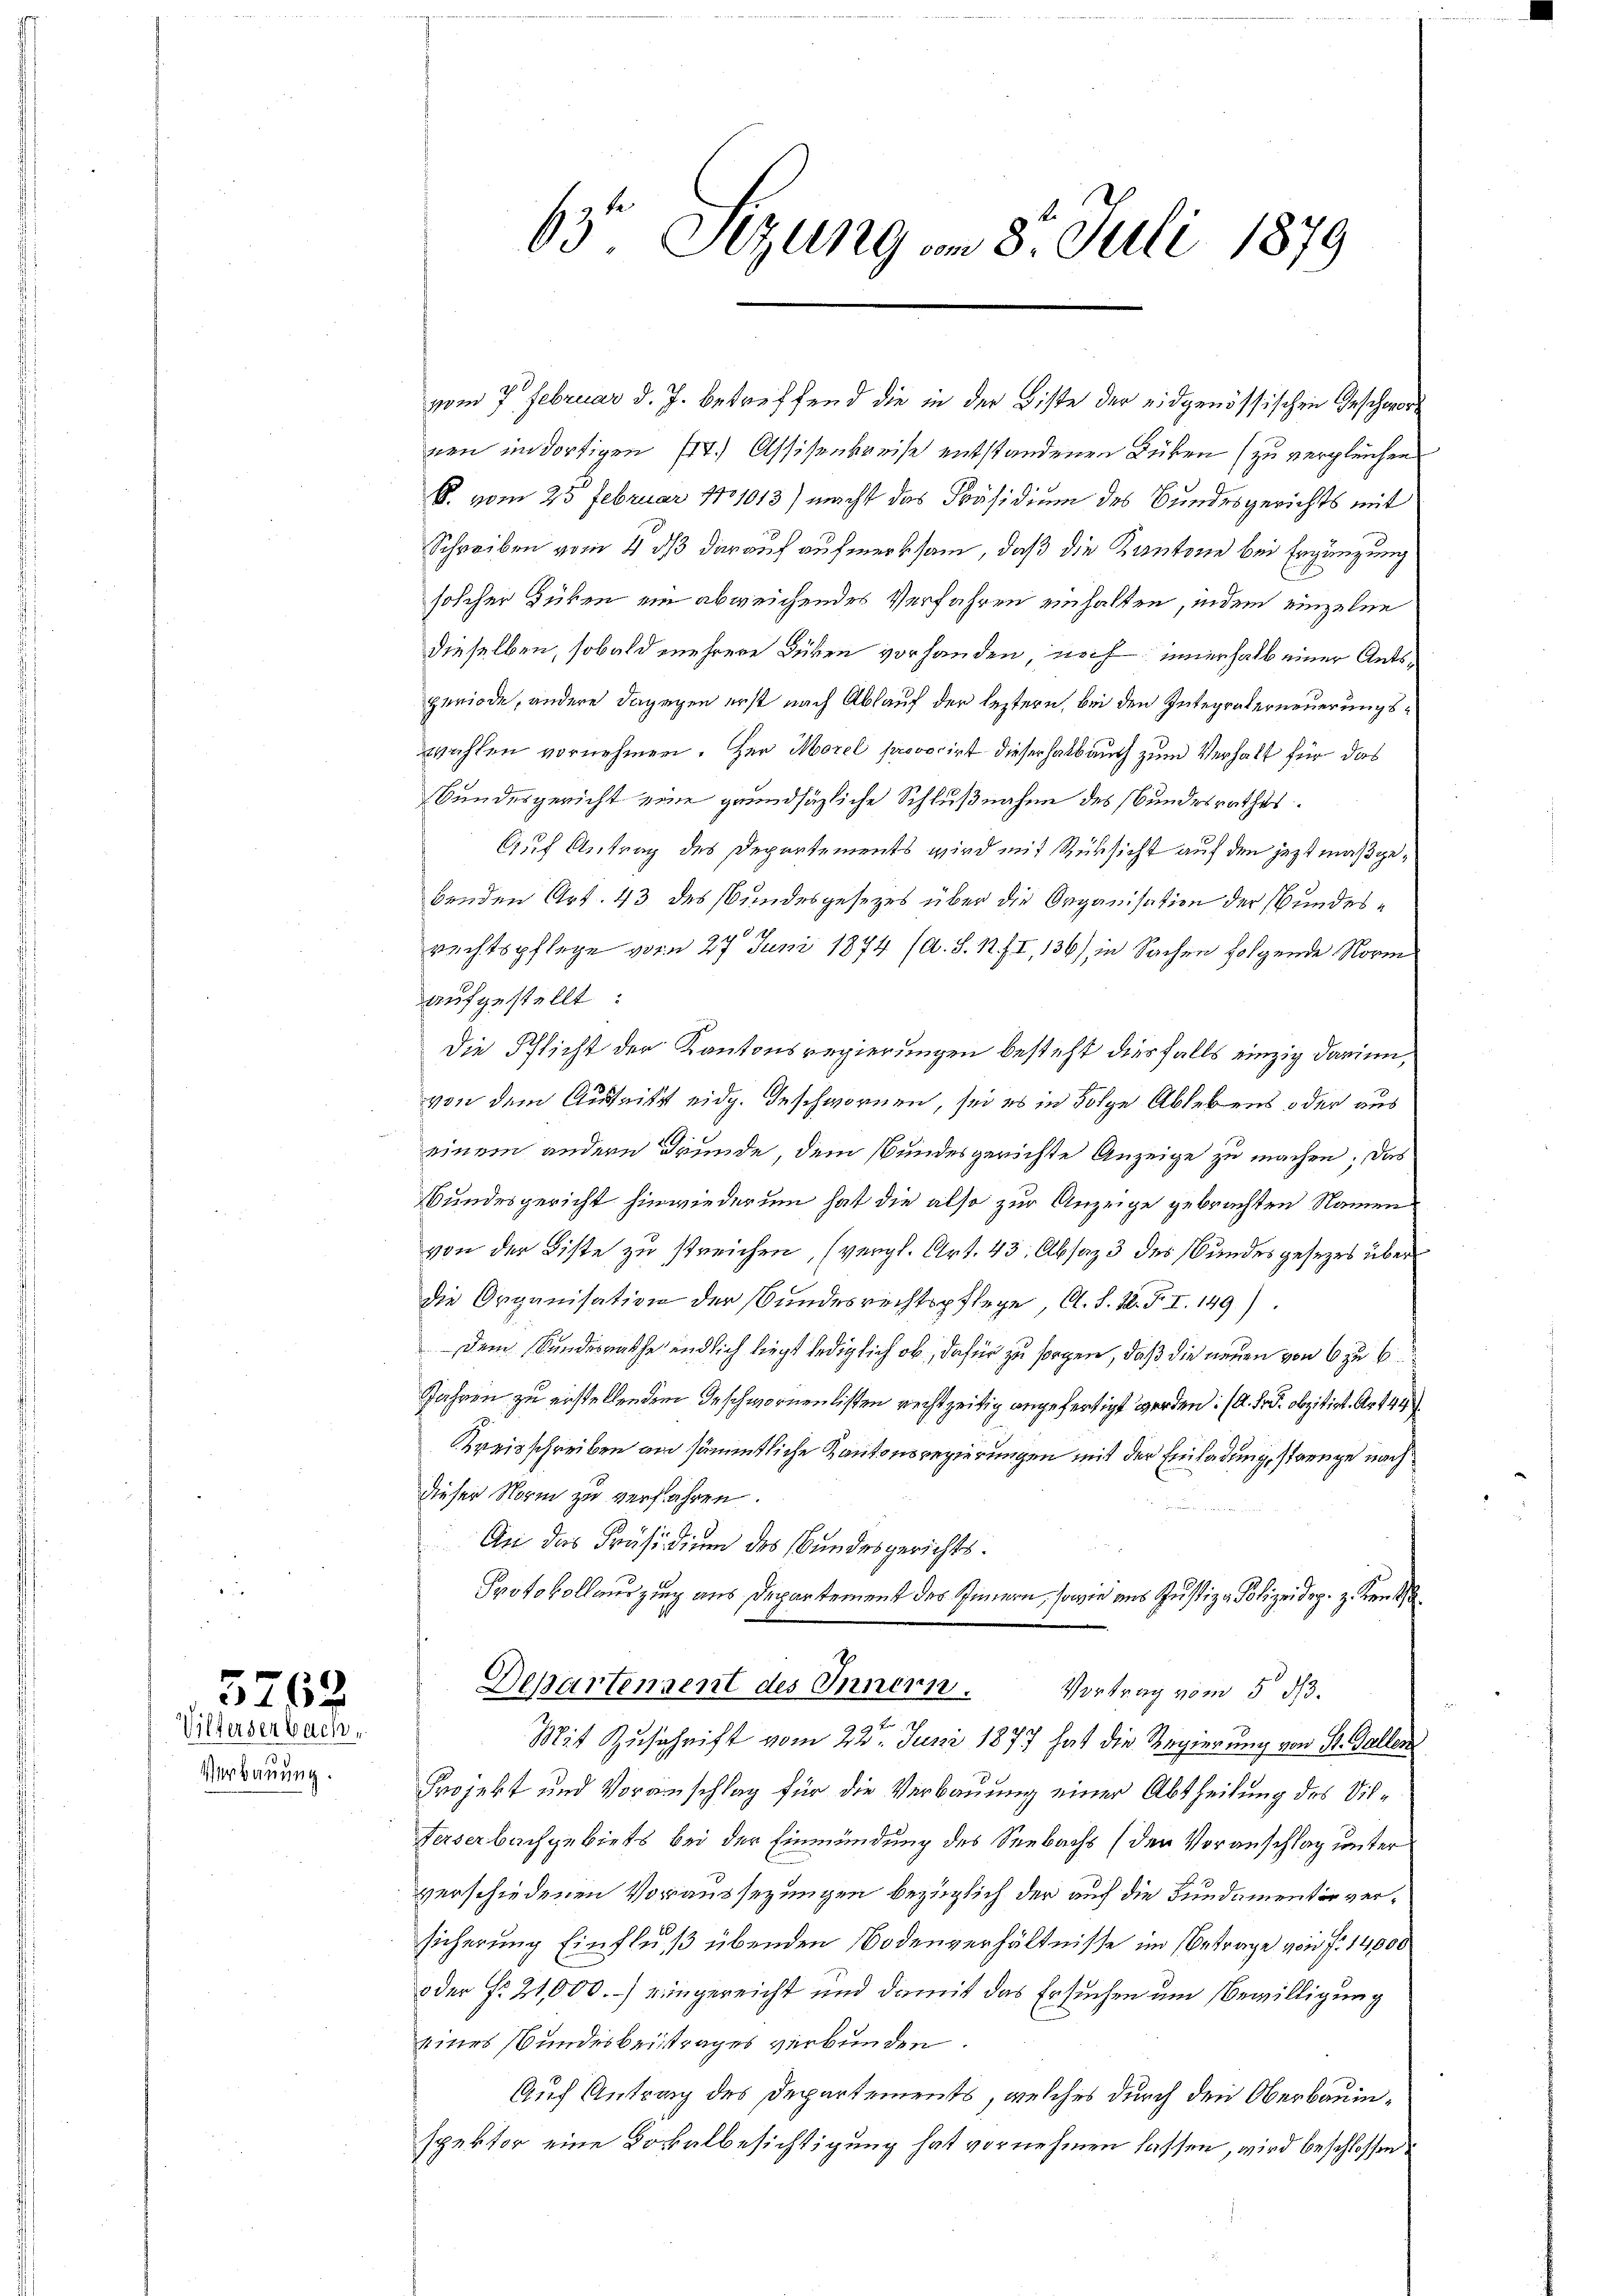
Verbauung.

5762.
Villersenbach,

63t Sezung vom 8t Juli 1879

vom 7. Februar d. J. betreffend die in der Biste der eidgenössischen Geschwornen im dortigen fr. Assisenkreise entstandenen Lücken (zu vergleichen
S. vom 25 Februar 181013) macht das Präsidium des Bundesgerichts mit
Schreiben vom 4 dß darauf aufmerksam, daß die Kantone bei Ergänzung:
solcher Düben ein abweichendes Verfahren einhalten, indem einzelne
dieselben, sobald mehrere Düben vorhanden, noch innerhalb einer Antsperiode, andere dagegen erst nach Ablauf der leztern, bei den Integraterneuerungswahlen vornehmen. Her Morel provocirt dieserhalb auch zum Verhalt für das
Bundesgericht eine grundsätzliche Schlußnahme des Bundesrathes.
Auf Antrag des Departements wird mit Rüksicht auf den jezt maßgebenden Art. 43 des Bundesgesezes über die Organisation der Bundes¬
1
rechtspflege vom 27 Juni 1874 (A. S. 12. II, 136) in Sachen folgende Norm
aufgestellt:
Die Pflicht der Kantonsregierungen besteht diesfalls einzig darin,
von dem Austritt eidg. Geschwornen, sei es in Folge Ablebens oder aus
einem andern Grunde dem Bundesgerichte Anzeige zu machen; das
Bundesgericht hinwiederum hat die also zur Anzeige gebrachten Namen
von der Biste zu streichen, (vergl. Art. 43. Absaz 3 des andesgesezes über
die Organisation der Bundesrechtspflege, A. S. 12. F. I. 149).
dem Kundesrathe endlich liegt lediglich ob, dafür zu sorgen, daß die neuen von 6 zu b
Jahren zu erstellenden Geschwornenlisten rechtzeitig angefertigt werden. (A. Fr. obzitirt. Ar 144
Kreisschreiben an sämmtliche Kantonsregierungen mit der Einladung, strenge nach
dieser Norm zu verfahren.
An das Präsidium des Bundesgerichts.
Protokollauszug aus Departement des Innern, sowie aus Justiz & Polizeidep. z. Kennt
Departenzent des Innern. Vortrag vom 5. ds.
Mit Zuschrift vom 22. Juni 1877 hat die Regierung von St. Gallen
Projekt und Voranschlag für die Verbauung einer Abtheilung des Vil¬
Ferserbachgebiets bei der Einmündung des Seebachs (den Voranschlag unter
verschiedenen Voraussezungen bezüglich der auf die Bundamentir versicherung Einfluß übenden Bodenverhältnisse im Betrage von P. 14,800
oder f. 21,000.-) eingereicht und damit das Ersuchen um Bewilligung
eines Bundesbeitrages verbunden.
Auf Antrag des Departements, welches durch den Oberbauinspektor eine Dockalbesichtigung hat vornehmen lassen, wird beschlossen: